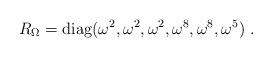
LaTeX: \begin{align*}R_{\Omega}={\rm diag}(\omega^2, \omega^2, \omega^2, \omega^8, \omega^8,\omega^5) ~.~\,\end{align*}